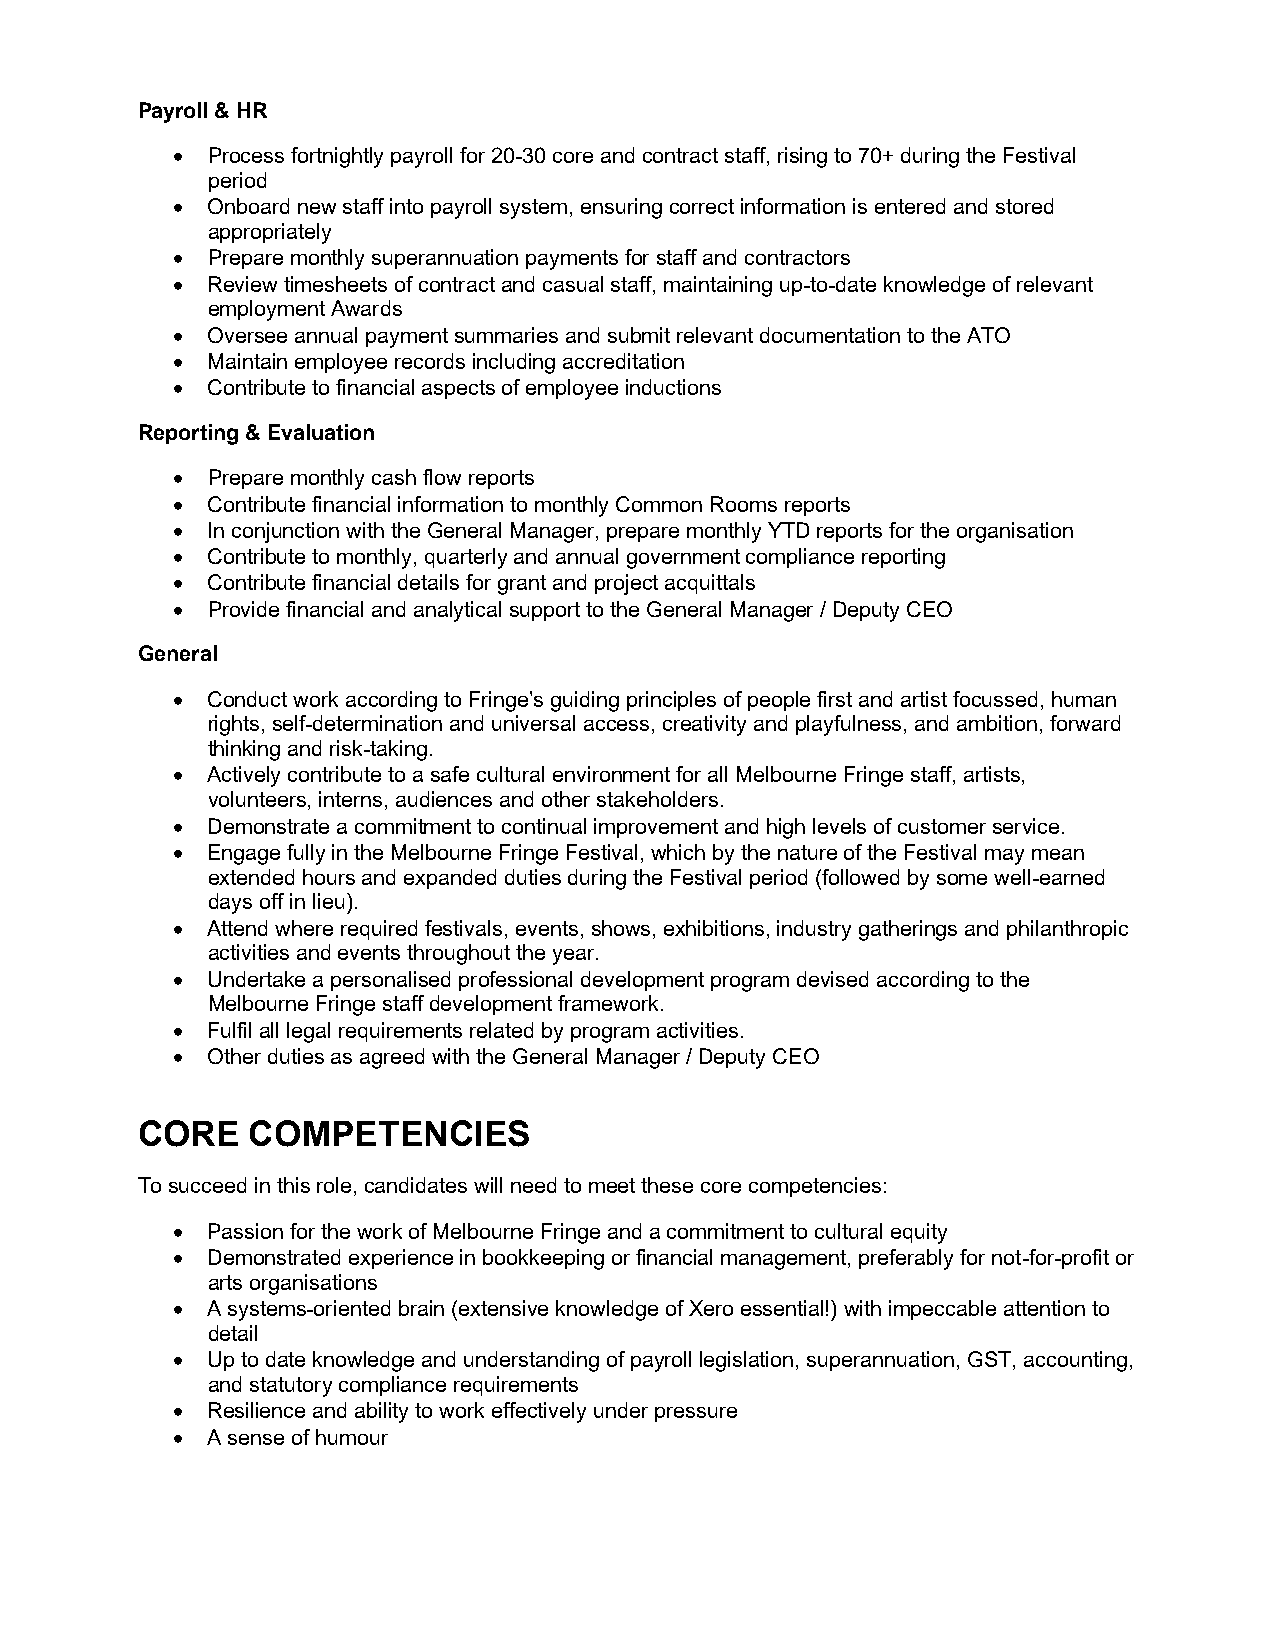
Payroll & HR
   Process fortnightly payroll for 20-30 core and contract staff, rising to 70+ during the Festival
 period
   Onboard new staff into payroll system, ensuring correct information is entered and stored
 appropriately
   Prepare monthly superannuation payments for staff and contractors
   Review timesheets of contract and casual staff, maintaining up-to-date knowledge of relevant
 employment Awards
   Oversee annual payment summaries and submit relevant documentation to the ATO
   Maintain employee records including accreditation
   Contribute to financial aspects of employee inductions
 Reporting & Evaluation
   Prepare monthly cash flow reports
   Contribute financial information to monthly Common Rooms reports
   In conjunction with the General Manager, prepare monthly YTD reports for the organisation
   Contribute to monthly, quarterly and annual government compliance reporting
   Contribute financial details for grant and project acquittals
   Provide financial and analytical support to the General Manager / Deputy CEO
 General
   Conduct work according to Fringe’s guiding principles of people first and artist focussed, human
 rights, self-determination and universal access, creativity and playfulness, and ambition, forward
 thinking and risk-taking.
   Actively contribute to a safe cultural environment for all Melbourne Fringe staff, artists,
 volunteers, interns, audiences and other stakeholders.
   Demonstrate a commitment to continual improvement and high levels of customer service.
   Engage fully in the Melbourne Fringe Festival, which by the nature of the Festival may mean
 extended hours and expanded duties during the Festival period (followed by some well-earned
 days off in lieu).
   Attend where required festivals, events, shows, exhibitions, industry gatherings and philanthropic
 activities and events throughout the year.
   Undertake a personalised professional development program devised according to the
 Melbourne Fringe staff development framework.
   Fulfil all legal requirements related by program activities.
   Other duties as agreed with the General Manager / Deputy CEO
 CORE   COMPETENCIES
 To succeed in this role, candidates will need to meet these core competencies:
   Passion for the work of Melbourne Fringe and a commitment to cultural equity
   Demonstrated experience in bookkeeping or financial management, preferably for not-for-profit or
 arts organisations
   A systems-oriented brain (extensive knowledge of Xero essential!) with impeccable attention to
 detail
   Up to date knowledge and understanding of payroll legislation, superannuation, GST, accounting,
 and statutory compliance requirements
   Resilience and ability to work effectively under pressure
   A sense of humour